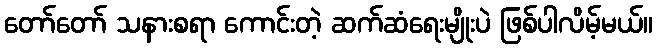
တော်တော် သနားစရာ ကောင်းတဲ့ ဆက်ဆံရေးမျိုးပဲ ဖြစ်ပါလိမ့်မယ်။